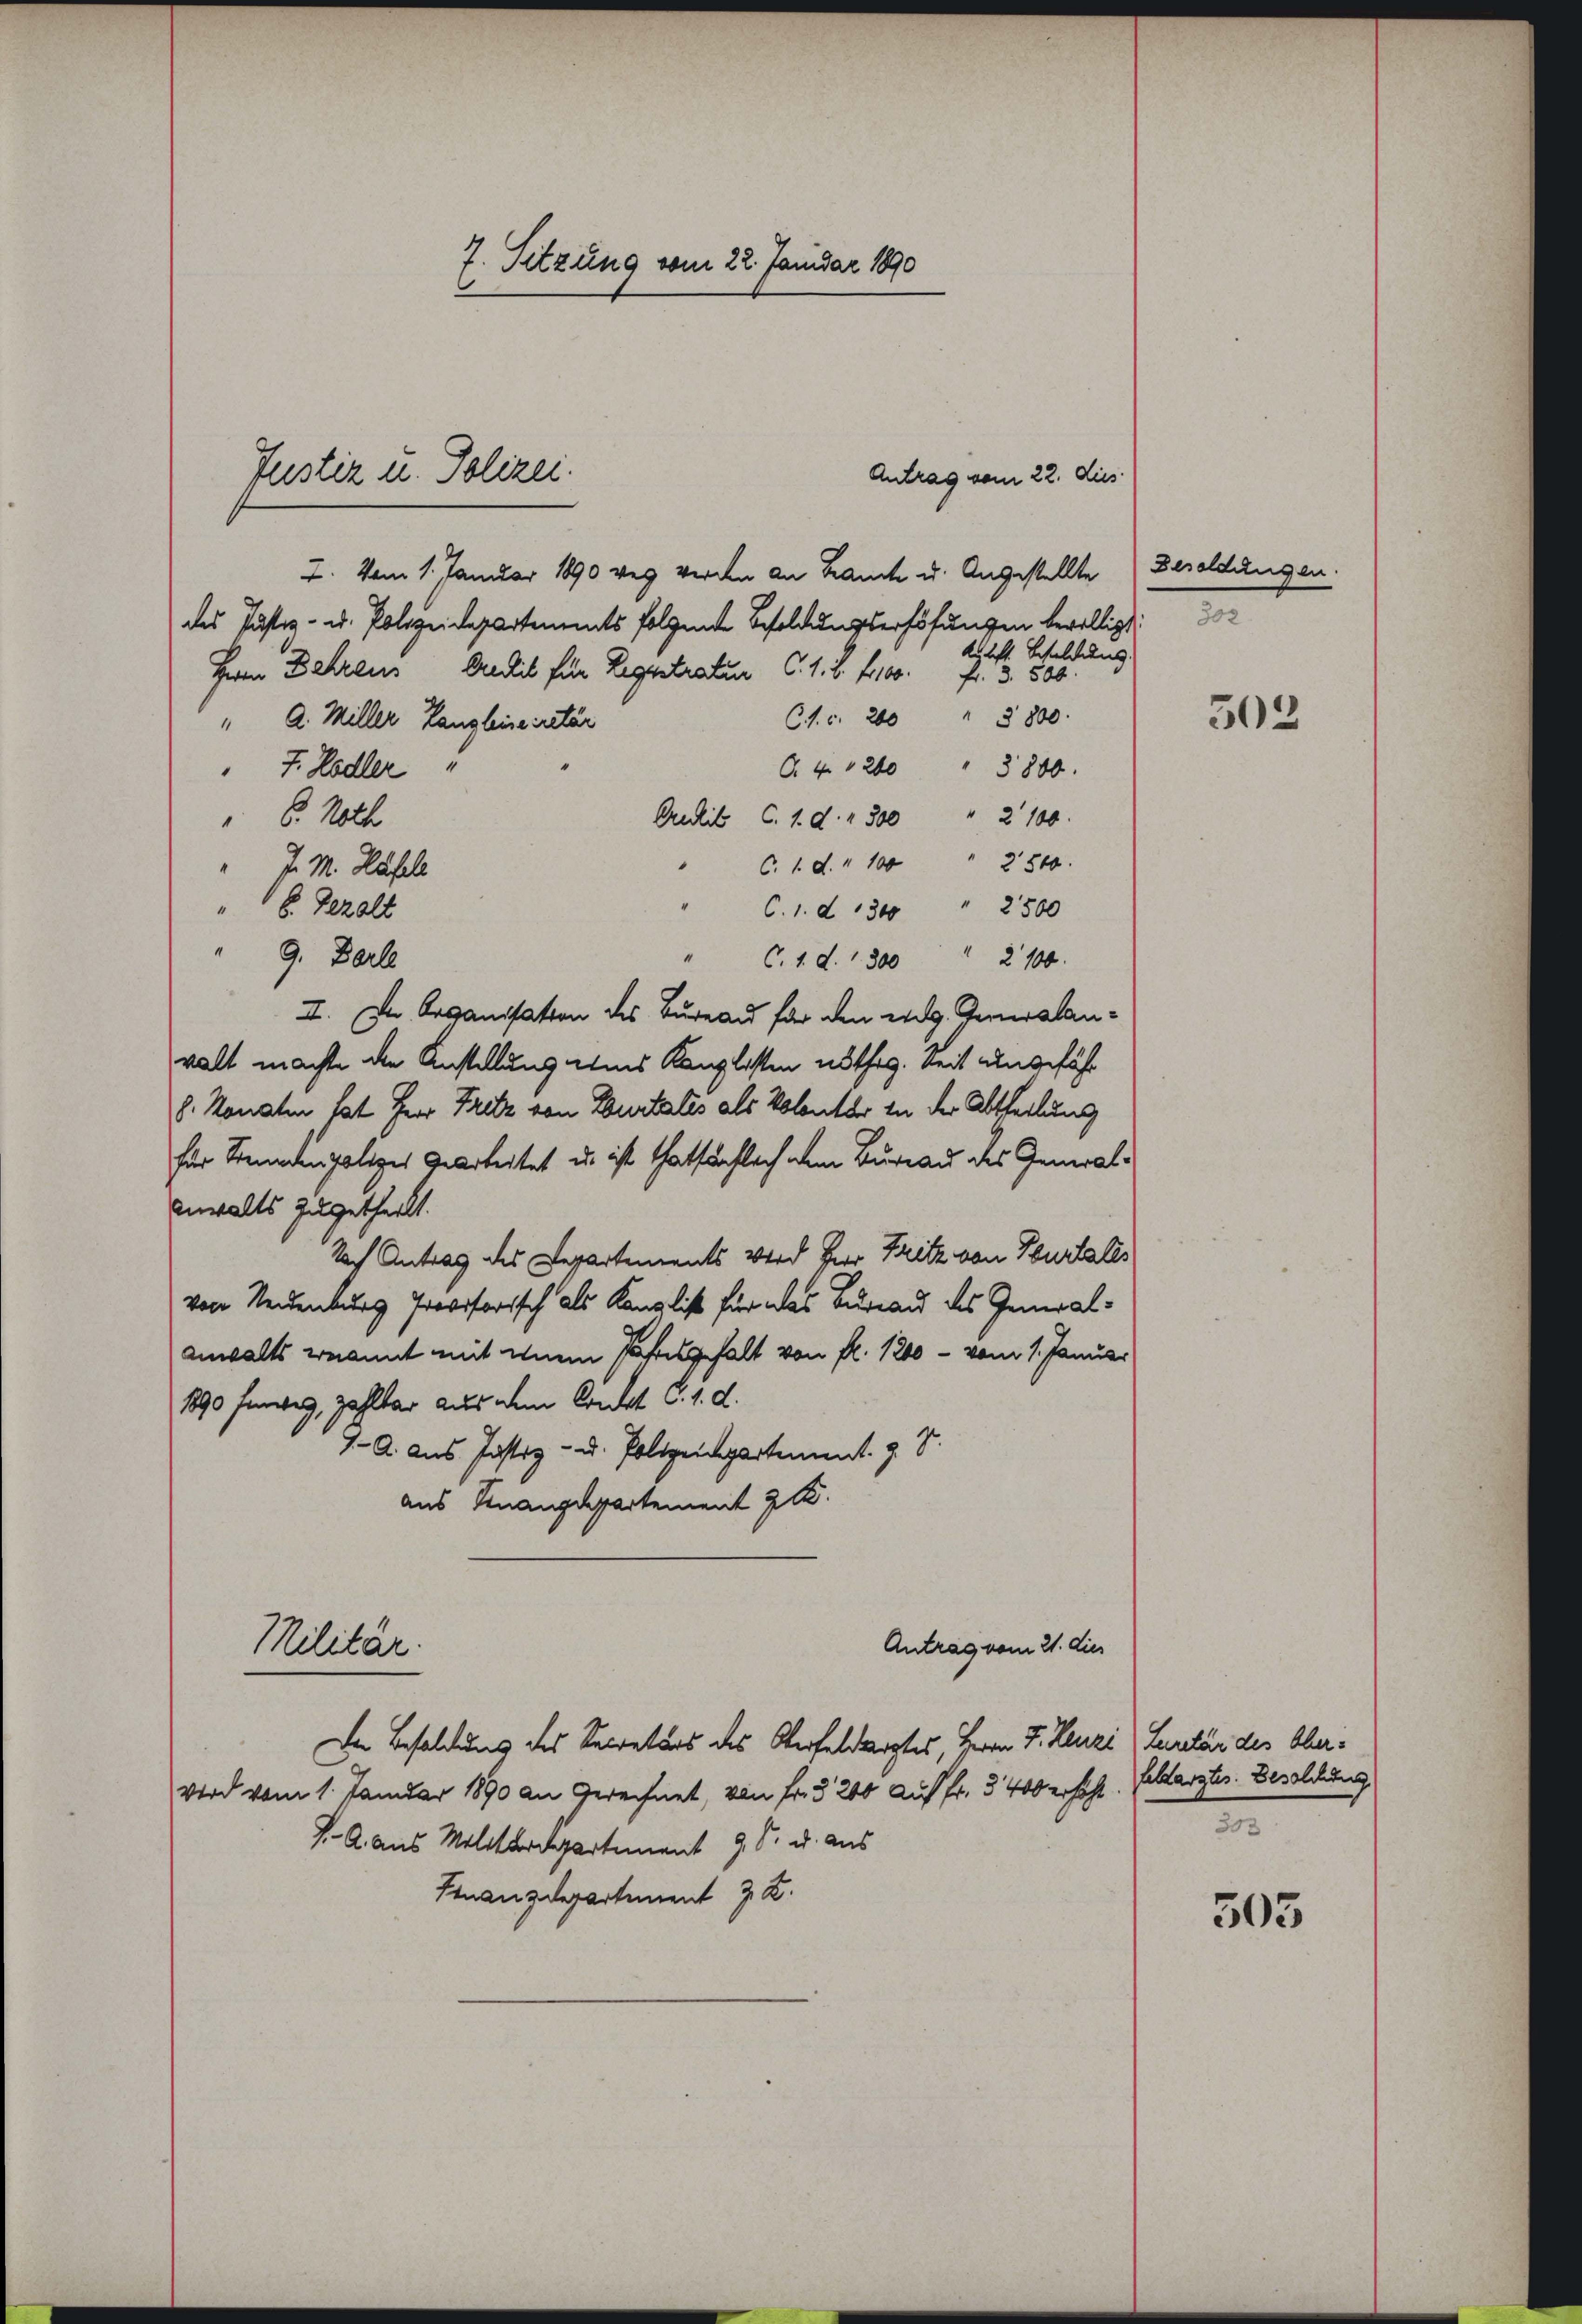
7. Sitzung vom 22. Januar 1890

Antrag vom 22. dies
2. Vom 1. Januar 1890 wer werden an Brauch u. Angestellte
des Justiz- u. Polizeidepartements folgente Besoldungserhöhungen bewilligt.
Aulecht. Schuldens.
Herrn Behren Predit für Registratur C. 1. S. 410. Fr. 3. 500.
C. c. 200 " 8800.
" A. Miller Kanzleinecretär
G. 4. 1200 " 3800.
 J. Hodler "
Predit C. 1. d. 2300 " 2100.
" 6. Noth
 C. 1 d. 100 " 2500.
" M. Häfele
"C. 1. d. 1300 " 2500
" E. Gezalt
" 9. Berl
C. 1. d. 1300 " 2100.
II. Der Organisation des Bureau für den eidg. Gewalanwalt machte die Anstellung eines Kanzlisten nöthig. Seit ungefähr
J. Monaten hat Herr Fritz von Eurtalis als Volontar in der Abtheilung
für Freundenpaliges gearbeitet u. ist thatsächlich dem Bureau des General¬
Anwalts zugetheilt.
Nach Antrag des Departements wird Herr Fritz von Feurtales
von Neuenburg Provisorisch als Kanzlist für das Bureau des Generalanwalts enannt mit einem Jahresgehalt von fl. 1200 - vom 1. Januar
1890 fenweg, zahlbar aus dem Condat C. d. d.
1. A. aus Justiz- u. Polizeinpartement. g. T.
aus Finanzdepartement 2 K
Militär.
Antrag vom 21. dies
Den Besoldung des Secretärs des Oberfeldergtes, Herrn F. Henzi (Luntär des Oberwird vom 1. Januar 1890 an Gerechnet, von Fr. § 200 auf fr. 3400 erhöht. Erbsarztes. Besoldung
J. A. aus Militärdepartement 9 S. u. aus
Finanzdepartement z. Z.

Justiz u. Polizei.

Besoldungen.
2

502

303

503